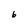
Character: 6